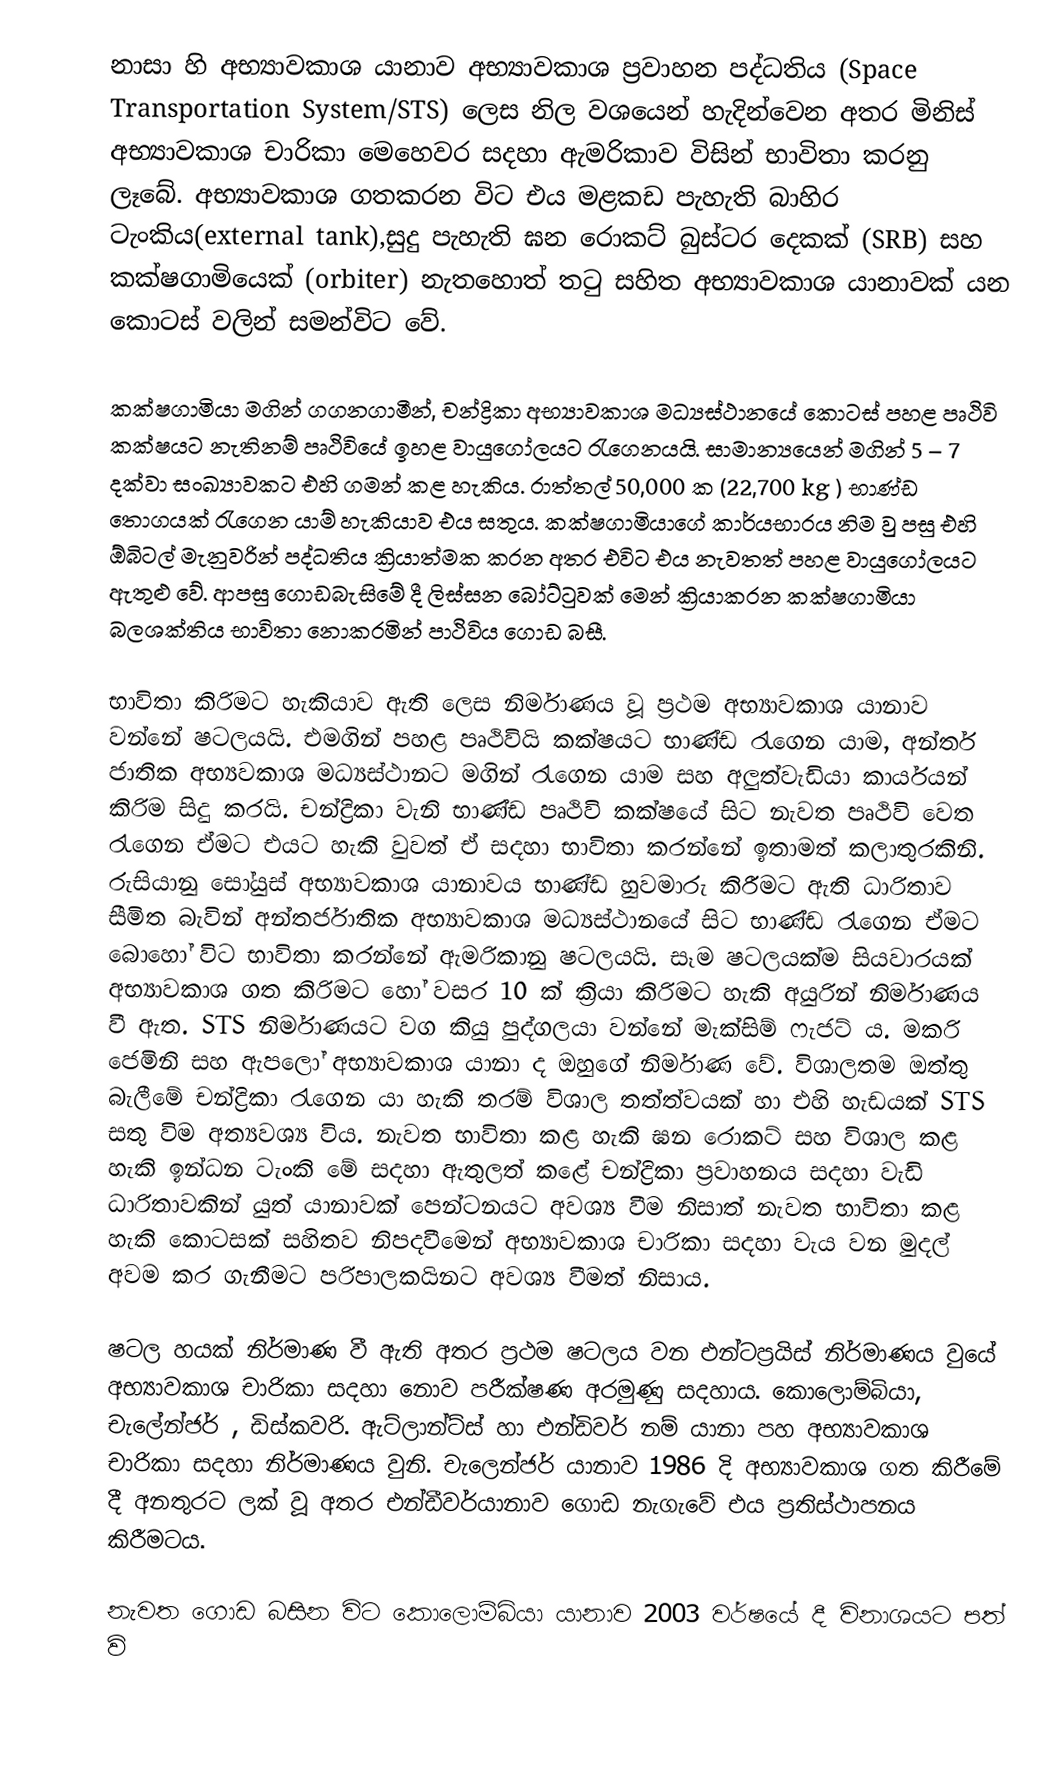
නාසා හි අභ්‍යාවකාශ යානාව අභ්‍යාවකාශ ප්‍රවාහන පද්ධතිය (Space Transportation System/STS) ලෙස නිල වශයෙන් හැදින්වෙන අතර මිනිස් අභ්‍යාවකාශ චාරිකා මෙහෙවර සදහා ඇමරිකාව විසින් භාවිතා කරනු ලෑබේ. අභ්‍යාවකාශ ගතකරන විට එය මළකඩ පැහැති බාහිර ටැංකිය(external tank),සුදු පැහැති ඝන රොකට් බුස්ටර දෙකක් (SRB) සහ කක්ෂගාමියෙක් (orbiter) නැතහොත් තටු සහිත අභ්‍යාවකාශ යානාවක් යන කොටස් වලින් සමන්විට වේ.

කක්ෂගාමියා මගින් ගගනගාමීන්, චන්ද්‍රිකා අභ්‍යාවකාශ මධ්‍යස්ථානයේ කොටස් පහළ පෘථිවි කක්ෂයට නැතිනම් පෘථිවියේ ඉහළ වායුගෝලයට රැගෙනයයි. සාමාන්‍යයෙන් මගින් 5 – 7 දක්වා සංඛ්‍යාවකට එහි ගමන් කළ හැකිය. රාත්තල් 50,000 ක (22,700 kg ) භාණ්ඩ තොගයක් රැගෙන යාම් හැකියාව එය සතුය. කක්ෂගාමියාගේ කාර්යභාරය නිම වු පසු එහි ඕබිටල් මැනුවරින් පද්ධතිය ක්‍රියාත්මක කරන අතර එවිට එය නැවතත් පහළ වායුගෝලයට ඇතුළු වේ. ආපසු ගොඩබැසිමේ දී ලිස්සන බෝට්ටුවක් මෙන් ක්‍රියාකරන කක්ෂගාමියා බලශක්තිය භාවිතා නොකරමින් පාථිවිය ගොඩ බසී.

භාවිතා කිරිමට හැකියාව ඇති ලෙස නිර්මාණය වූ ප්‍රථම අභ්‍යාවකාශ යානාව වන්නේ ෂටලයයි. එමගින් පහළ පෘථිවියි කක්ෂයට භාණ්ඩ රැගෙන යාම, අන්තර් ජාතික අභ්‍යවකාශ මධ්‍යස්ථානට මගින් රැගෙන යාම සහ අලුත්වැඩියා කාර්යයන් කිරිම සිදු කරයි. චන්ද්‍රිකා වැනි භාණ්ඩ පෘථිවි කක්ෂයේ සිට නැවත පෘථිවි වෙත රැගෙන ඒමට එයට හැකි වුවත් ඒ සදහා භාවිතා කරන්නේ ඉතාමත් කලාතුරකිනි. රුසියානු සෝයුස් අභ්‍යාවකාශ යානාවය භාණ්ඩ හුවමාරු කිරීමට ඇති ධාරිතාව සීමිත බැවින් අන්තර්ජාතික අභ්‍යාවකාශ මධ්‍යස්ථානයේ සිට භාණ්ඩ රැගෙන ඒමට බොහෝ විට භාවිතා කරන්නේ ඇමරිකානු ෂටලයයි. සෑම ෂටලයක්ම සියවාරයක් අභ්‍යාවකාශ ගත කිරිමට ‍‍‍‍හෝ වසර 10 ක් ක්‍රියා කිරිමට හැකි අයුරින් නිර්මාණය වී ඇත. STS නිර්මාණයට වග කියු පුද්ගලයා වන්නේ මැක්සිම් ෆැජට් ය. මකරි ජෙමිනි සහ ඇපලෝ අභ්‍යාවකාශ යානා ද ඔහුගේ නිර්මාණ වේ. විශාලතම ඔත්තු බැලීමේ චන්ද්‍රිකා රැගෙන යා හැකි තරම් විශාල තත්ත්වයක් හා එහි හැඩයක් STS සතු විම අත්‍යවශ්‍ය විය. නැවත භාවිතා කළ හැකි ඝන රොකට් සහ විශාල කළ හැකි ඉන්ධන ටැංකි මේ සදහා ඇතුලත් කළේ චන්ද්‍රිකා ප්‍රවාහනය සදහා වැඩි ධාරිතාවකින් යුත් යානාවක් පෙන්ටනයට අවශ්‍ය වීම නිසාත් නැවත භාවිතා කළ හැකි කොටසක් සහිතව නිපදවීමෙන් අභ්‍යාවකාශ චාරිකා සදහා වැය වන මුදල් අවම කර ගැනීමට පරිපාලකයිනට අවශ්‍ය වීමත් නිසාය.

ෂටල හයක් නිර්මාණ වී ඇති අතර ප්‍රථම ෂටලය වන එන්ටප්‍රයිස් නිර්මාණය වුයේ අභ්‍යාවකාශ චාරිකා සදහා නොව පරීක්ෂණ අරමුණු සදහාය. කොලොම්බියා, චැලේන්ජර් , ඩිස්කවරි. ඇට්ලාන්ට්ස් හා එන්ඩිවර් නම් යානා පහ අභ්‍යාවකාශ චාරිකා සදහා නිර්මාණය වුනි. චැලෙන්ජර් යානාව 1986 දි අභ්‍යාවකාශ ගත කිරීමේ දී අනතුරට ලක් වූ අතර එන්ඩීවර්යානාව ගොඩ නැගැවේ එය ප්‍රතිස්ථාපනය කිරීමටය.

නැවත ගොඩ බසින විට කොලොම්බියා යානාව 2003 වර්ෂයේ දී විනාශයට පත් වි